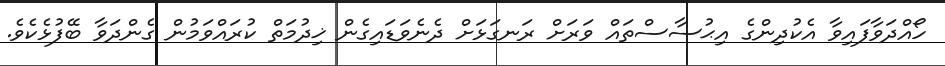
ހޯއްދަވާފައިވާ އެކުދިންގެ އިޙުސާސްތައް ވަރަށް ރަނގަޅަށް ދެނެވަޑައިގެން ޚިދުމަތް ކުރައްވަމުން ގެންދަވާ ބޭފުޅެކެވެ.